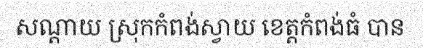
សណ្តាយ ស្រុកកំពង់ស្វាយ ខេត្តកំពង់ធំ បាន